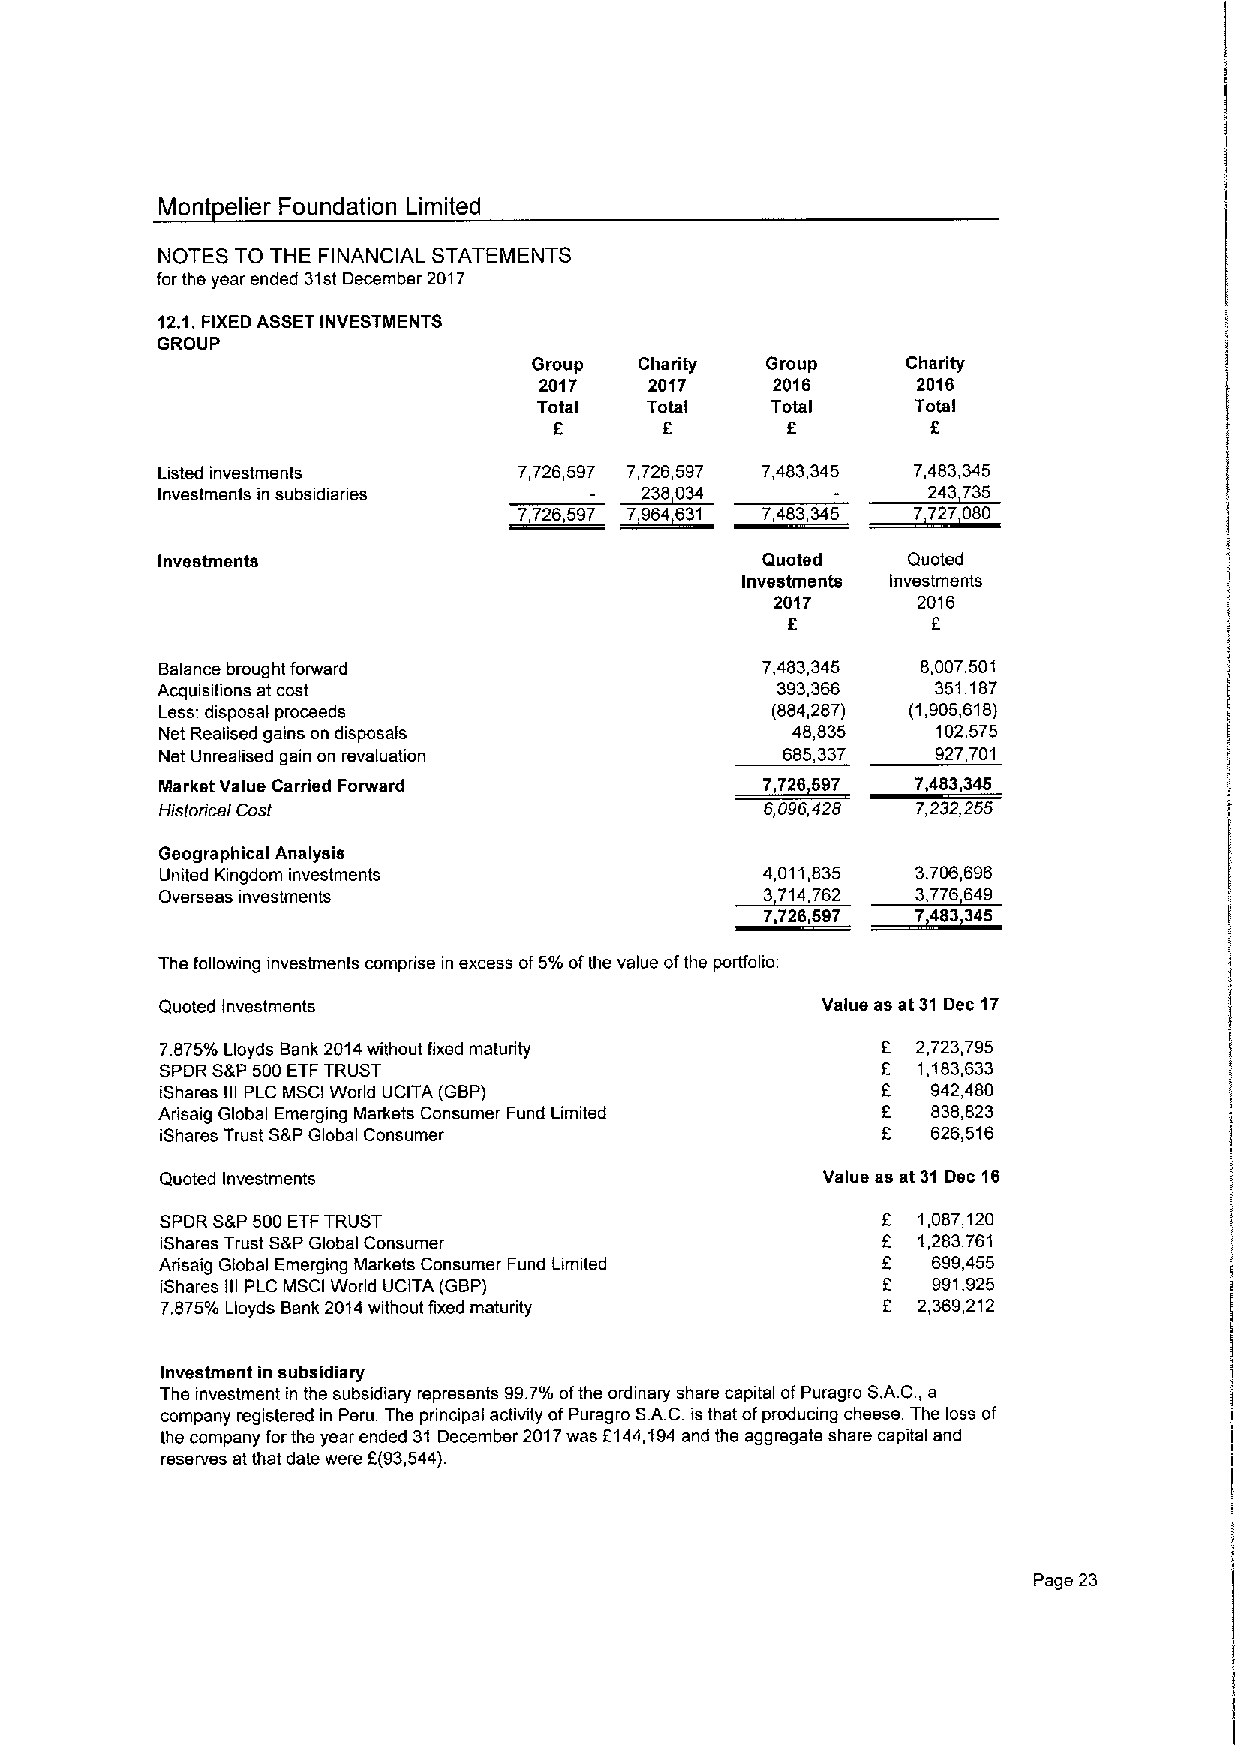
Mont elier Foundation Limited
 NOTES TO THE FINANCIAL STATEMENTS
 for the year ended 31stDecember 2017
 12.1.FIXEDASSETINVESTMENTS
 GROUP
 Group  Charity  Group    Charity
 2017   2017    2016      2016
 Total  Total   Total     Total
 f      f       f         f
 Listed investments      7,726,597 7,726,597 7,483,345 7,483,345
 Investments in subsidianes     ~238034             243 735
 Investments                             Quoted    Quoted
 Investments Investments
 2017      2016
 f         f
 Balance brought forward                7,483,345  8,007,501
 Acquisitions at cost                     393,366    351,187
 Less: disposal proceeds                 (884,287) (1,905,618)
 Net Realised gains on disposals          48,835    102,575
 Net Unrealised gain on revaluation       685,337   927,701
 Market Value Carried Forward
 Historica Cosf                          6,096,428 7,232,255
 Geographical Analysis
 United Kingdom investments             4,011,835  3,706,696
 Overseas investments                              3 6
 8»
 The following investments comprise in excess of5%ofthe value ofthe portfolio
 Quoted Investments                         Value as at 31 Dec 17
 7875%Lloyds Bank 2014without fixed maturity       2,723,795
 SPDR S&P500ETFTRUST                               1,183,633
 iShares III PLC MSCI World UCITA (GBP)             942,480
 Arisaig Global Emerging Markets Consumer Fund Limited 838,823
 iShares Trust S&PGlobal Consumer                   626,516
 Quoted Investments                         Value as at 31Dec 16
 SPDR S&P500ETFTRUST                               1,087,120
 iShares Trust S&PGlobal Consumer                  1,283,761
 Arisaig Global Emerging Markets Consumer Fund Limited 699,455
 iShares III PLC MSCI World UCITA (GBP)             991,925
 7.875%Lloyds Bank 2014without fixed matunty       2,369,212
 Investment in subsidiary
 The mvestment in the subsidiary represents 99.7%ofthe ordinary share capital ofPuragro S.A.C,a
 company registered in Peru The pnnmpal activity ofPuragro S.A.C is that ofproducing cheese The loss of
 the company forthe year ended 31 December 2017was f144,194and the aggregate share capital and
 reserves at that date were f(93,544)
 Page 23